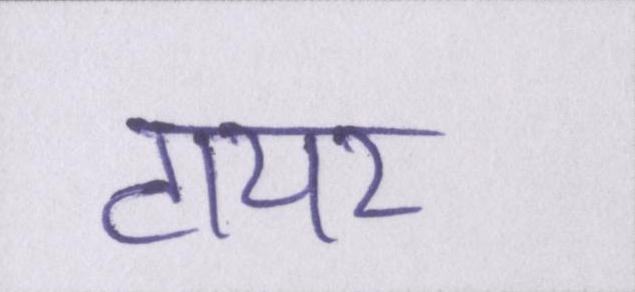
टायर